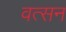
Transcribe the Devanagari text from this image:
वत्सन